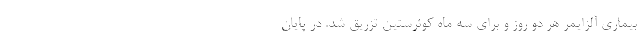
بیماری آلزایمر ‌هر دو روز و برای سه ماه کوئرستین تزریق شد. در پایان